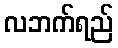
လဘက်ရည်